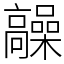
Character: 髞